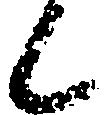
候